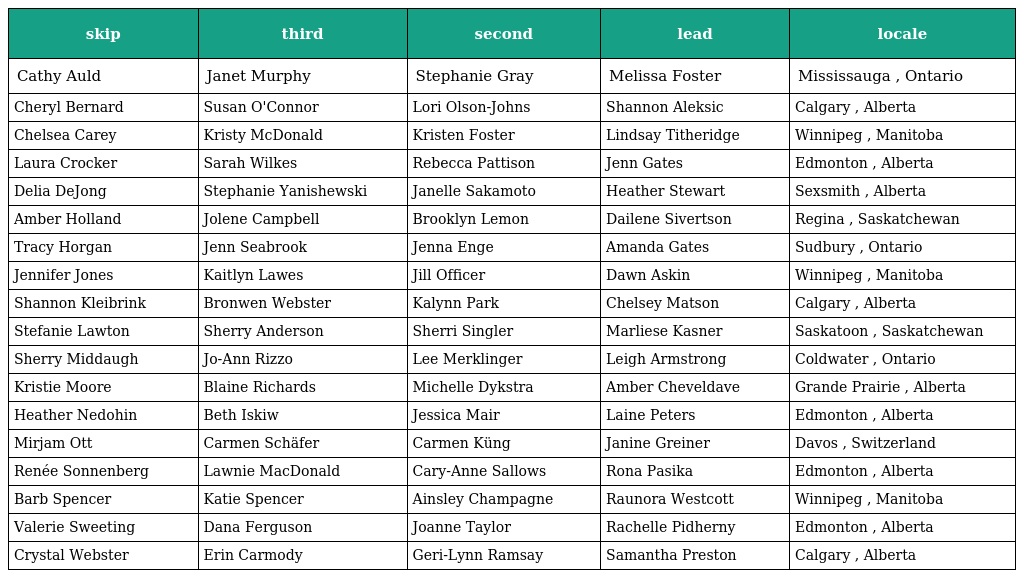
| skip | third | second | lead | locale |
 | --- | --- | --- | --- | --- |
 | Cathy Auld | Janet Murphy | Stephanie Gray | Melissa Foster | Mississauga , Ontario |
 | Cheryl Bernard | Susan O'Connor | Lori Olson-Johns | Shannon Aleksic | Calgary , Alberta |
 | Chelsea Carey | Kristy McDonald | Kristen Foster | Lindsay Titheridge | Winnipeg , Manitoba |
 | Laura Crocker | Sarah Wilkes | Rebecca Pattison | Jenn Gates | Edmonton , Alberta |
 | Delia DeJong | Stephanie Yanishewski | Janelle Sakamoto | Heather Stewart | Sexsmith , Alberta |
 | Amber Holland | Jolene Campbell | Brooklyn Lemon | Dailene Sivertson | Regina , Saskatchewan |
 | Tracy Horgan | Jenn Seabrook | Jenna Enge | Amanda Gates | Sudbury , Ontario |
 | Jennifer Jones | Kaitlyn Lawes | Jill Officer | Dawn Askin | Winnipeg , Manitoba |
 | Shannon Kleibrink | Bronwen Webster | Kalynn Park | Chelsey Matson | Calgary , Alberta |
 | Stefanie Lawton | Sherry Anderson | Sherri Singler | Marliese Kasner | Saskatoon , Saskatchewan |
 | Sherry Middaugh | Jo-Ann Rizzo | Lee Merklinger | Leigh Armstrong | Coldwater , Ontario |
 | Kristie Moore | Blaine Richards | Michelle Dykstra | Amber Cheveldave | Grande Prairie , Alberta |
 | Heather Nedohin | Beth Iskiw | Jessica Mair | Laine Peters | Edmonton , Alberta |
 | Mirjam Ott | Carmen Schäfer | Carmen Küng | Janine Greiner | Davos , Switzerland |
 | Renée Sonnenberg | Lawnie MacDonald | Cary-Anne Sallows | Rona Pasika | Edmonton , Alberta |
 | Barb Spencer | Katie Spencer | Ainsley Champagne | Raunora Westcott | Winnipeg , Manitoba |
 | Valerie Sweeting | Dana Ferguson | Joanne Taylor | Rachelle Pidherny | Edmonton , Alberta |
 | Crystal Webster | Erin Carmody | Geri-Lynn Ramsay | Samantha Preston | Calgary , Alberta |